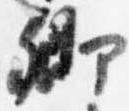
卿